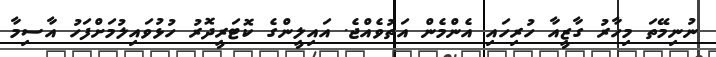
ނުނިމޭތަ މިހާރު ގާޒީއާ ހުރިހައި އެންމެން އަތުވެއްޖެ. އައިލީންގެ ކޮޓަރީދޮރު ހުޅުވައިލުމަށްފަހު އާާސިމާ